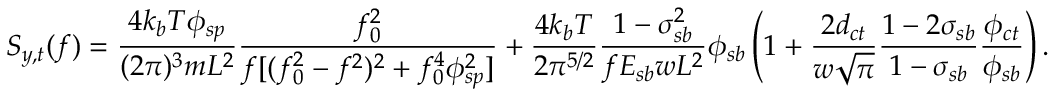
S _ { y , t } ( f ) = \frac { 4 k _ { b } T \phi _ { s p } } { ( 2 \pi ) ^ { 3 } m L ^ { 2 } } \frac { f _ { 0 } ^ { 2 } } { f [ ( f _ { 0 } ^ { 2 } - f ^ { 2 } ) ^ { 2 } + f _ { 0 } ^ { 4 } \phi _ { s p } ^ { 2 } ] } + \frac { 4 k _ { b } T } { 2 \pi ^ { 5 / 2 } } \frac { 1 - \sigma _ { s b } ^ { 2 } } { f E _ { s b } w L ^ { 2 } } \phi _ { s b } \left( 1 + \frac { 2 d _ { c t } } { w \sqrt { \pi } } \frac { 1 - 2 \sigma _ { s b } } { 1 - \sigma _ { s b } } \frac { \phi _ { c t } } { \phi _ { s b } } \right) .